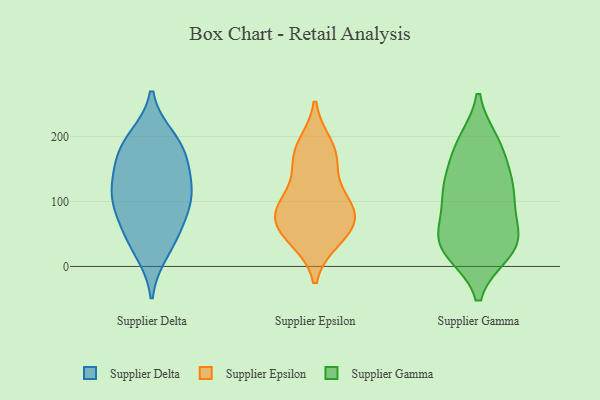
{"axis": {"x": "Waste Production (Tons)", "y": "Value"}, "legend": ["Supplier Delta", "Supplier Epsilon", "Supplier Gamma"], "data": [{"x": "", "y": 121, "type": "Supplier Delta"}, {"x": "", "y": 60, "type": "Supplier Delta"}, {"x": "", "y": 110, "type": "Supplier Delta"}, {"x": "", "y": 153, "type": "Supplier Delta"}, {"x": "", "y": 23, "type": "Supplier Delta"}, {"x": "", "y": 109, "type": "Supplier Delta"}, {"x": "", "y": 157, "type": "Supplier Delta"}, {"x": "", "y": 78, "type": "Supplier Delta"}, {"x": "", "y": 188, "type": "Supplier Delta"}, {"x": "", "y": 197, "type": "Supplier Delta"}, {"x": "", "y": 40, "type": "Supplier Delta"}, {"x": "", "y": 103, "type": "Supplier Delta"}, {"x": "", "y": 183, "type": "Supplier Delta"}, {"x": "", "y": 95, "type": "Supplier Epsilon"}, {"x": "", "y": 88, "type": "Supplier Epsilon"}, {"x": "", "y": 43, "type": "Supplier Epsilon"}, {"x": "", "y": 169, "type": "Supplier Epsilon"}, {"x": "", "y": 185, "type": "Supplier Epsilon"}, {"x": "", "y": 72, "type": "Supplier Epsilon"}, {"x": "", "y": 48, "type": "Supplier Epsilon"}, {"x": "", "y": 161, "type": "Supplier Epsilon"}, {"x": "", "y": 102, "type": "Supplier Epsilon"}, {"x": "", "y": 67, "type": "Supplier Epsilon"}, {"x": "", "y": 23, "type": "Supplier Gamma"}, {"x": "", "y": 70, "type": "Supplier Gamma"}, {"x": "", "y": 187, "type": "Supplier Gamma"}, {"x": "", "y": 27, "type": "Supplier Gamma"}, {"x": "", "y": 103, "type": "Supplier Gamma"}, {"x": "", "y": 37, "type": "Supplier Gamma"}, {"x": "", "y": 139, "type": "Supplier Gamma"}, {"x": "", "y": 52, "type": "Supplier Gamma"}, {"x": "", "y": 121, "type": "Supplier Gamma"}, {"x": "", "y": 112, "type": "Supplier Gamma"}, {"x": "", "y": 34, "type": "Supplier Gamma"}, {"x": "", "y": 181, "type": "Supplier Gamma"}, {"x": "", "y": 190, "type": "Supplier Gamma"}, {"x": "", "y": 122, "type": "Supplier Gamma"}, {"x": "", "y": 30, "type": "Supplier Gamma"}]}